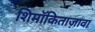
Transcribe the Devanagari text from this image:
शिमॉकिताज़ावा